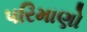
પરિમાણો